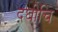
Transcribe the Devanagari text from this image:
दघीचि